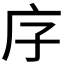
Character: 𭙒